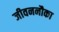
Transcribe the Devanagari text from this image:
जीवननौका